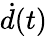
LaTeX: {\dot{d}}(t)